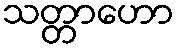
သတ္တာဟော